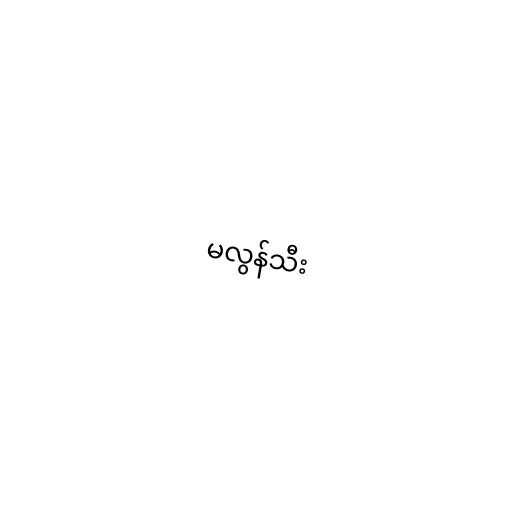
မလွန်သီး